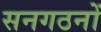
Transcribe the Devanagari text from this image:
सनगठनों